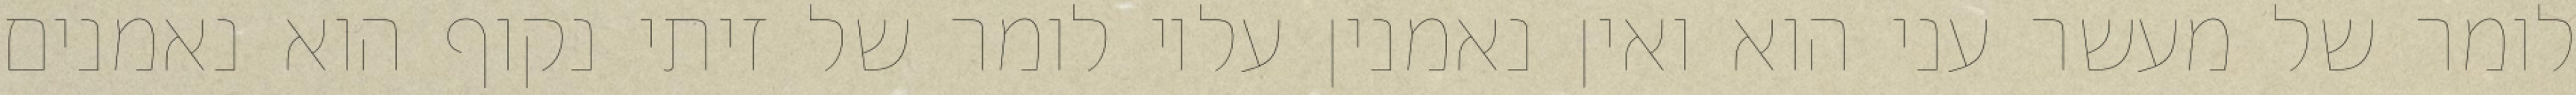
לומר של מעשר עני הוא ואין נאמנין עליו לומר של זיתי נקוף הוא נאמנים